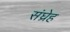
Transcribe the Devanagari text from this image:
संघ्रेह